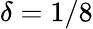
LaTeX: \delta=1/8